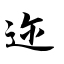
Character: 迩